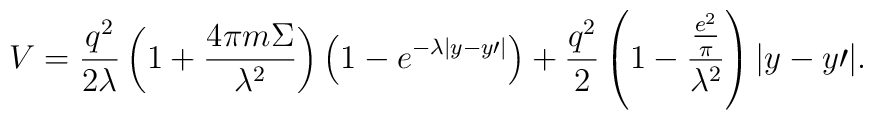
V = \frac{{q^2 }}{{2\lambda }}\left( {1 + \frac{{4\pi m\Sigma}}{{\lambda ^2 }}} \right)\left( {1 - e^{ - \lambda |y -y{\prime}|} } \right) + \frac{{q^2 }}{2}\left( {1 -\frac{{\frac{{e^2 }}{\pi }}}{{\lambda ^2 }}} \right)|y -y{\prime}| .